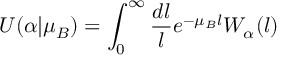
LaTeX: U ( \alpha | \mu _ { B } ) = \int _ { 0 } ^ { \infty } \frac { d l } { l } e ^ { - \mu _ { B } l } W _ { \alpha } ( l )